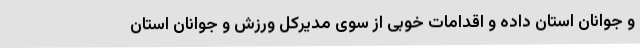
و جوانان استان داده و اقدامات خوبی از سوی مدیرکل ورزش و جوانان استان